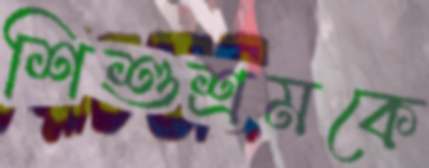
শিশুশ্রমকে